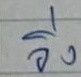
วิ่ง